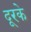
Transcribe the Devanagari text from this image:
दूरके